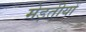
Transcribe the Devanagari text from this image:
मेड़तीयों